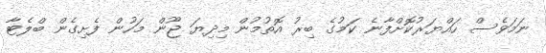
ނަމަވެސް ހައްޔަރުކޮށްފާނެ ކަމުގެ ބިރު އޮތުމުން މިދިޔަ ޖޫން މަހުން ފެށިގެން ބްލެޓާ